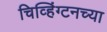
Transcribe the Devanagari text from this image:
चिव्हिंग्टनच्या